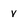
Character: v